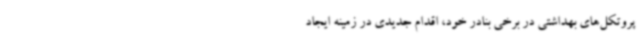
پروتکل‌های بهداشتی در برخی بنادر خود، اقدام جدیدی در زمینه ایجاد